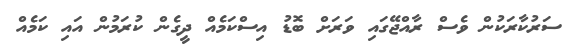
ސަރުކާރަކުން ވެސް ރާއްޖޭގައި ވަރަށް ބޮޑު އިސްކަމެއް ދީގެން ކުރަމުން އައި ކަމެއް